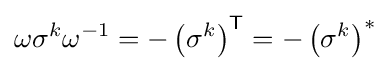
\omega \sigma ^{k}\omega ^{-1}=-\left(\sigma ^{k}\right)^{\textsf {T}}=-\left(\sigma ^{k}\right)^{*}